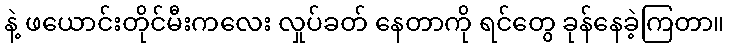
နဲ့ ဖယောင်းတိုင်မီးကလေး လှုပ်ခတ် နေတာကို ရင်တွေ ခုန်နေခဲ့ကြတာ။